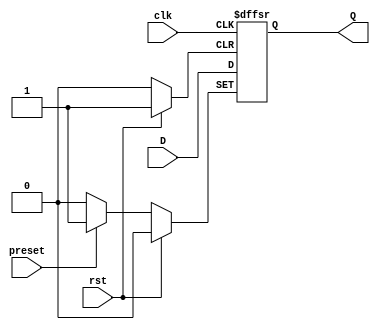
module d_ff_async_preset (
    input wire clk,
    input wire rst,
    input wire preset,
    input wire D,
    output reg Q
);

always @ (posedge clk or posedge rst or posedge preset)
begin
    if (rst)
        Q <= 0;
    else if (preset)
        Q <= 1;
    else
        Q <= D;
end

endmodule